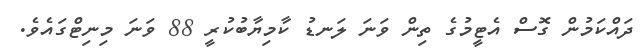
ދައްކަމުން ގޮސް އެޓީމުގެ ތިން ވަނަ ލަނޑު ކާމިޔާބުކުރީ 88 ވަނަ މިނިޓްގައެވެ.